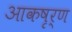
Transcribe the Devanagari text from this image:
आकषृर्ण